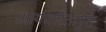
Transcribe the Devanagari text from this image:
आर्यचरितामृत